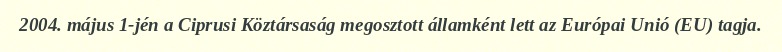
2004. május 1-jén a Ciprusi Köztársaság megosztott államként lett az Európai Unió (EU) tagja.